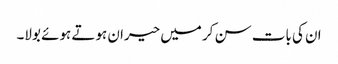
ان کی بات سن کر میں حیران ہوتے ہوئے بولا۔